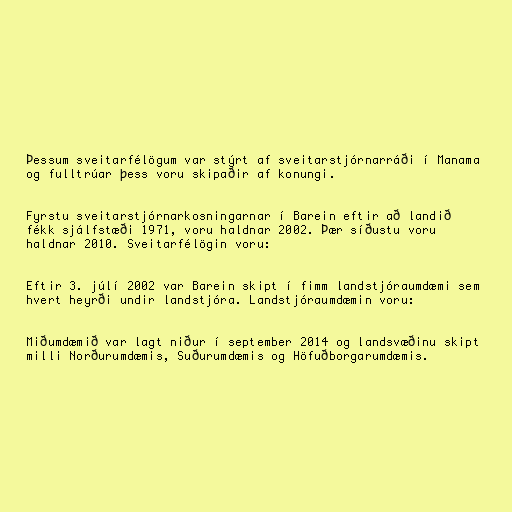
Þessum sveitarfélögum var stýrt af sveitarstjórnarráði í Manama
og fulltrúar þess voru skipaðir af konungi.

Fyrstu sveitarstjórnarkosningarnar í Barein eftir að landið
fékk sjálfstæði 1971, voru haldnar 2002. Þær síðustu voru
haldnar 2010. Sveitarfélögin voru:

Eftir 3. júlí 2002 var Barein skipt í fimm landstjóraumdæmi sem
hvert heyrði undir landstjóra. Landstjóraumdæmin voru:

Miðumdæmið var lagt niður í september 2014 og landsvæðinu skipt
milli Norðurumdæmis, Suðurumdæmis og Höfuðborgarumdæmis.